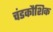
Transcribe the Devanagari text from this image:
चंडकौशिक